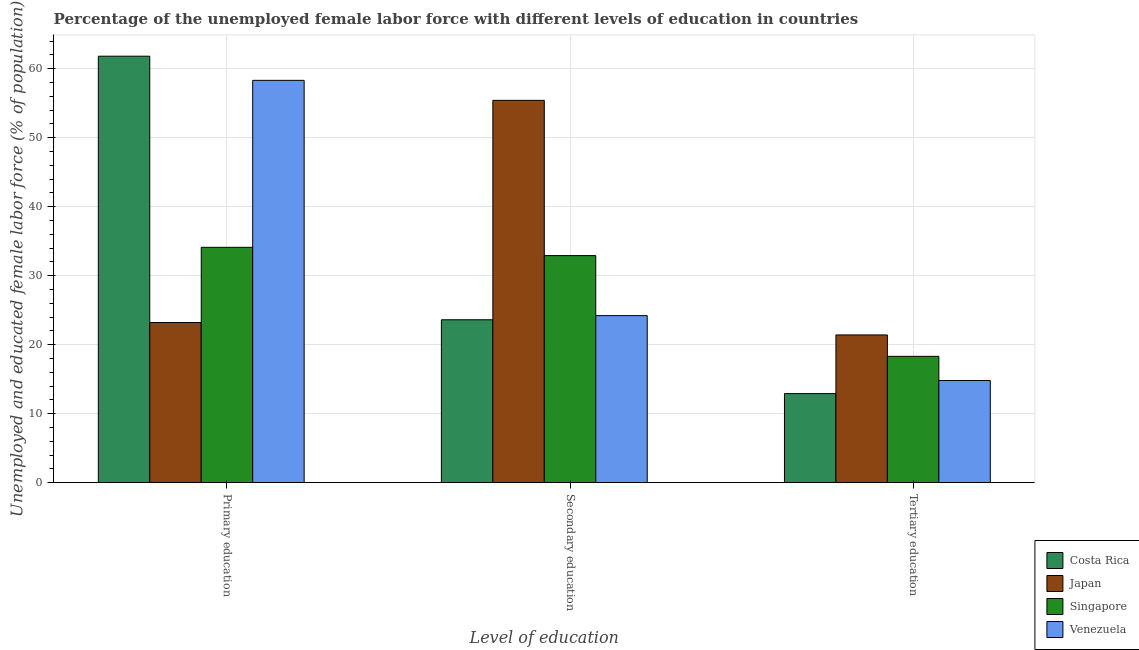
| Level of education | Costa Rica | Japan | Singapore | Venezuela |
 | --- | --- | --- | --- | --- |
 | Primary education | 61.8 | 23.2 | 34.1 | 58.3 |
 | Secondary education | 23.6 | 55.4 | 32.9 | 24.2 |
 | Tertiary education | 12.9 | 21.4 | 18.3 | 14.8 |